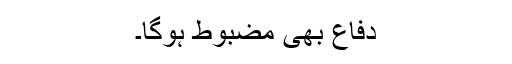
دفاع بھی مضبوط ہوگا۔